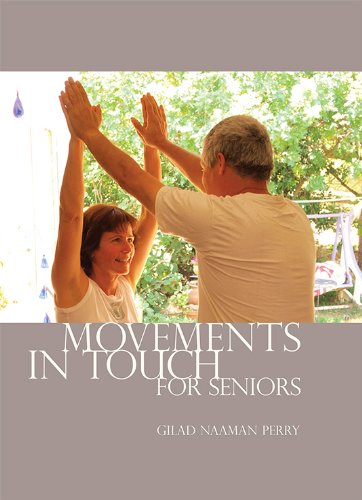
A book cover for Movements in Touch for Seniors; Gilad Naaman Perry; Health, Fitness & Dieting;